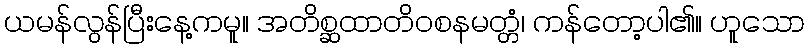
ယမန်လွန်ပြီးနေ့ကမူ။ အတိစ္ဆထာတိဝစနမတ္တံ၊ ကန်တော့ပါ၏။ ဟူသော